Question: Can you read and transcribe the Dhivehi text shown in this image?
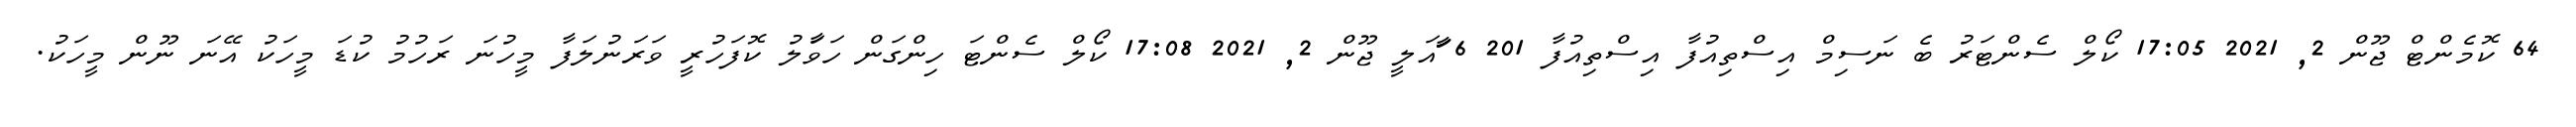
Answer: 64 ކޮމެންޓް ޖޫން 2, 2021 17:05 ކޯލް ސެންޓަރު ބެ ނަސިމް އިސްތިއުފާ އިސްތިއުފާ 201 6 ާަަަަަައަލީ ޖޫން 2, 2021 17:08 ކޯލް ސެންޓަ ހިންގަން ހަވަާލު ކޮފަހުރީ ވަރަނުލަފާ މީހުނަ ރަހުމު ކުޑަ މީހަކު އޭނަ ނޫން މީހަކު.